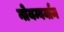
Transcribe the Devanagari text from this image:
नोयम्बर्यान